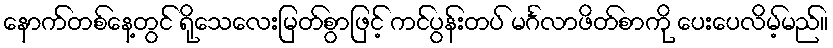
နောက်တစ်နေ့တွင် ရိုသေလေးမြတ်စွာဖြင့် ကင်ပွန်းတပ် မင်္ဂလာဖိတ်စာကို ပေးပေလိမ့်မည်။